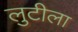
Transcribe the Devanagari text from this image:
लुटीला